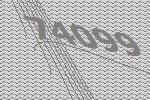
74099